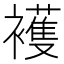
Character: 𧞤